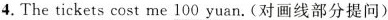
4.The tickets cost me \underline 100yuan.(对画线部分提问)